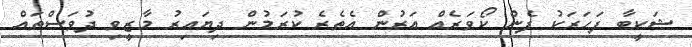
ޝަކީބާ ފަހަރަކު ފެން ކޯވަރެއް އަރުން އެތެރެ ކުރަމުން ދިޔައިރު މާޒީވި ދުވަސްތައް